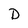
Character: D